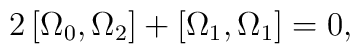
2\left[ \Omega _{0},\Omega _{2}\right] +\left[ \Omega _{1},\Omega_{1}\right] =0,